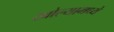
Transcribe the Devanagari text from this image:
खोल्यामध्ये